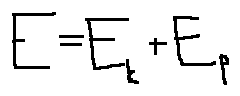
E = E _ { k } + E _ { p }